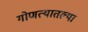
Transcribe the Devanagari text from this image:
गोणत्यातल्या